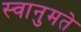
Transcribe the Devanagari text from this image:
स्वानुमते